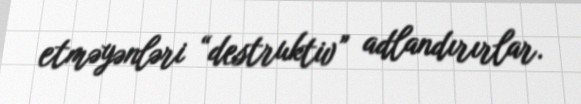
etməyənləri “destruktiv” adlandırırlar.